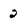
Character: 2